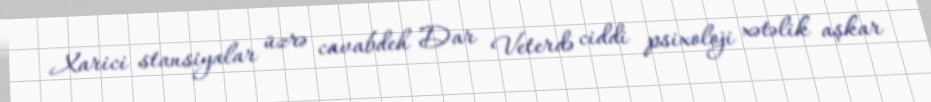
Xarici stansiyalar üzrə cavabdeh Dar Veterdə ciddi psixoloji xətəlik aşkar